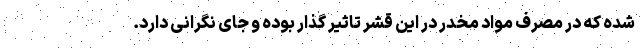
شده که در مصرف مواد مخدر در این قشر تاثیر گذار بوده و جای نگرانی دارد.